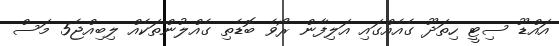
އައްޑޫ ސިޓީ ހިތަދޫ ގެއެއްގައި އަލިފާން ރޯވެ ބޮޑެތި ގެއްލުންތަކެއް ލިބިއްޖެ5 މަސް